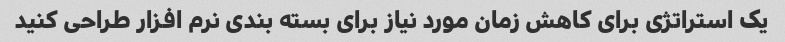
یک استراتژی برای کاهش زمان مورد نیاز برای بسته بندی نرم افزار طراحی کنید